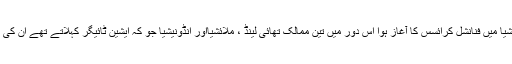
1997ء میں ایشیا میں فنانشل کرائسس کا آغاز ہوا اس دور میں تین ممالک تھائی لینڈ ، ملائشیااور انڈونیشیا جو کہ ایشین ٹائیگر کہلاتے تھے ان کی کمر ٹوٹ گئی ۔